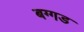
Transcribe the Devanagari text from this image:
बग्‍गड